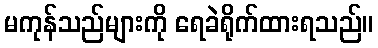
မကုန်သည်များကို ရေခဲရိုက်ထားရသည်။